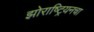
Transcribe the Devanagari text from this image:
झोराष्ट्रियनचा